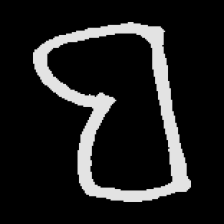
Pyu character \u2014 Myanmar letter: ဗ (romanized: ba)